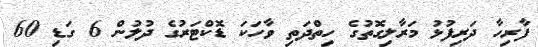
ފާރިހާ ދަރިފުޅު މަރާލިގޮތުގެ ހިތްދަތި ވާހަކަ ޑޮކްޓަރުގެ ދުލުން 6 ގަޑި 60